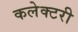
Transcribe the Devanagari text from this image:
कलेक्टरी